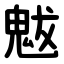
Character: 魃